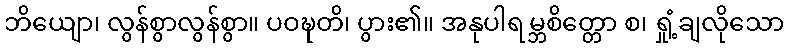
ဘိယျော၊ လွန်စွာလွန်စွာ။ ပဝဍ္ဎတိ၊ ပွား၏။ အနုပါရမ္ဘစိတ္တော စ၊ ရှုံ့ချလိုသော